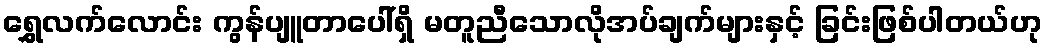
ရွှေလက်လောင်း ကွန်ပျူတာပေါ်ရှိ မတူညီသောလိုအပ်ချက်များနှင့် ခြင်းဖြစ်ပါတယ်ဟု